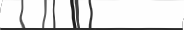
٥٦